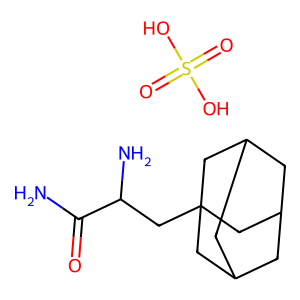
SMILES: NC(=O)C(N)CC12CC3CC(CC(C3)C1)C2.O=S(=O)(O)O
Inhibits HIV replication: No